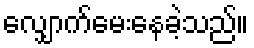
လျှောက်မေးနေခဲ့သည်။